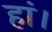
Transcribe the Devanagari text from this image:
हां।